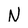
Character: N